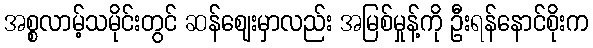
အစ္စလာမ့်သမိုင်းတွင် ဆန်ဈေးမှာလည်း အမြစ်မှုန့်ကို ဦးရန်နောင်စိုးက